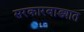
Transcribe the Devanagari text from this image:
सरकारवाड्यात